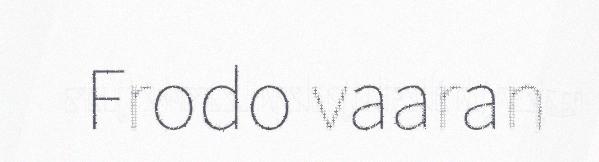
Frodo vaaran